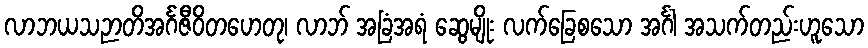
လာဘယသဉာတိအင်္ဂဇီဝိတဟေတု၊ လာဘ် အခြံအရံ ဆွေမျိုး လက်ခြေစသော အင်္ဂါ အသက်တည်းဟူသော